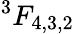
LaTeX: ^3F_{4,3,2}